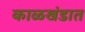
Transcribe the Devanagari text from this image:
काळखंडात